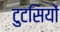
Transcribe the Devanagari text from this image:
टुटसियों